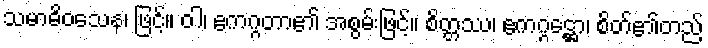
သမာဓိဝသေန၊ ဖြင့်။ ဝါ၊ ဧကဂ္ဂတာ၏ အစွမ်းဖြင့်။ စိတ္တဿ၊ ဧကဂ္ဂဋ္ဌော၊ စိတ်၏တည်